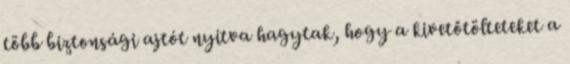
több biztonsági ajtót nyitva hagytak, hogy a kivetőtölteteket a